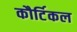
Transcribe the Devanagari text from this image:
कौर्टिकल